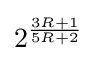
2^{\frac {3R+1}{5R+2}}